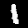
Label: 1